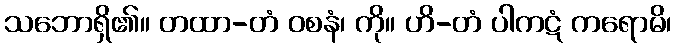
သဘောရှိ၏။ တထာ-တံ ဝစနံ၊ ကို။ ဟိ-တံ ပါကဋံ ကရောမိ၊